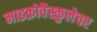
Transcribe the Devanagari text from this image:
माइक्रोवैस्कुलेचर